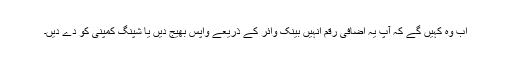
اب وہ کہیں گے کہ آپ یہ اضافی رقم انہیں بینک وائر کے ذریعے واپس بھیج دیں یا شپنگ کمپنی کو دے دیں۔